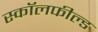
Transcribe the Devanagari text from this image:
स्कॉलफील्ड